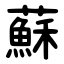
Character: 蘇